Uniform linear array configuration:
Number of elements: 64
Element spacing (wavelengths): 0.5
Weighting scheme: cosine
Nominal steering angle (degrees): -60
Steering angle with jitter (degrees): -61.58
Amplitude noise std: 0.05
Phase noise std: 0.05

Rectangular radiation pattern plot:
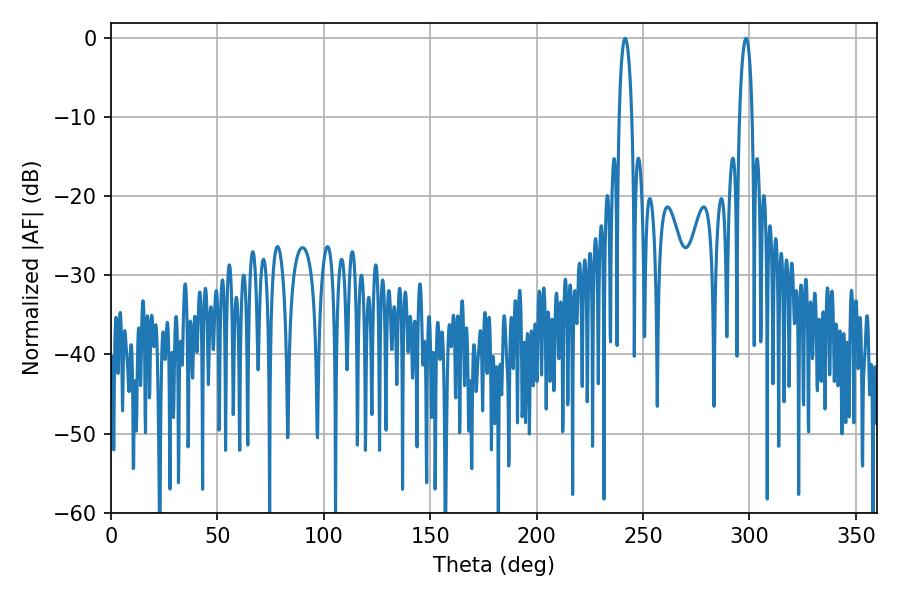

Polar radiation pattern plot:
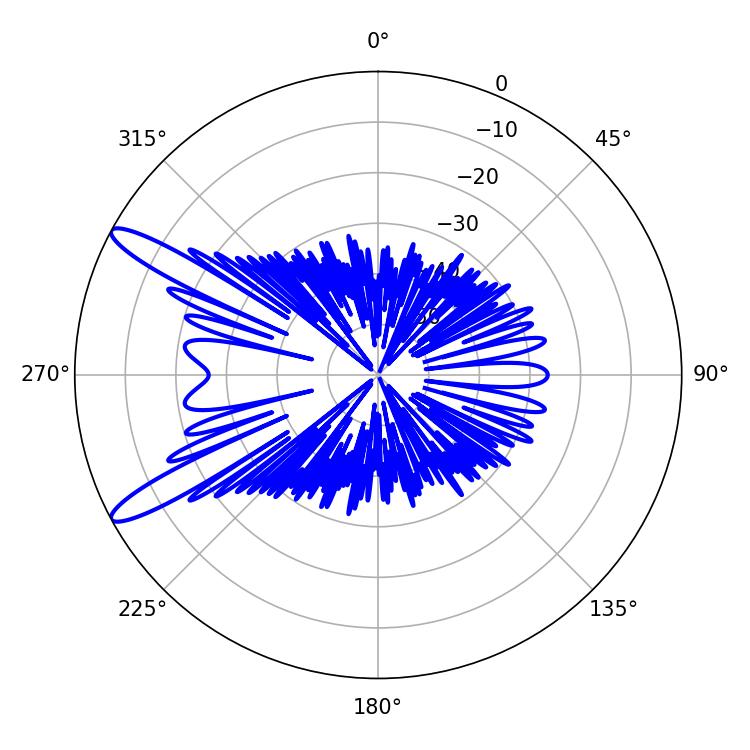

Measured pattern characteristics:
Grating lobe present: FALSE
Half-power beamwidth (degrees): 3.42
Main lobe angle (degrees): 241.56